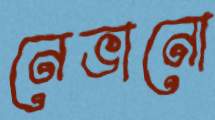
নেভানো